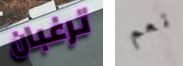
ترغبان نعم